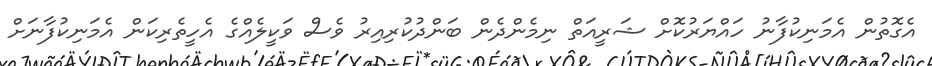
އެގޮތުން އެމަނިކުފާނު ހައްޔަރުކޮށް ޝަރީއަތް ނިމެންދެން ބަންދުކުރިއިރު ވެސް ވަކީލެއްގެ އެހީތެރިކަން އެމަނިކުފާނަށް